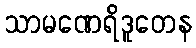
သာမဏေရိဒူတေန